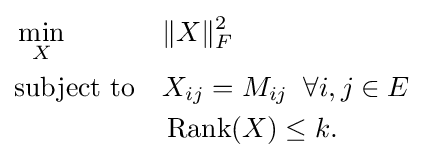
{\begin{aligned}&\min \limits _{X}&&\Vert X\Vert _{F}^{2}\\&{\text{subject to}}&&X_{ij}=M_{ij}\;\;\forall i,j\in E\\&&&\operatorname {Rank} (X)\leq k.\end{aligned}}